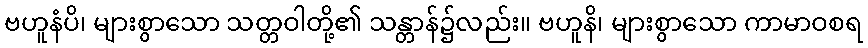
ဗဟူနံပိ၊ များစွာသော သတ္တဝါတို့၏ သန္တာန်၌လည်း။ ဗဟူနိ၊ များစွာသော ကာမာဝစရ